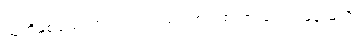
သူတို့နှစ်ယောက်သည် ဘယ်ကစ၍ စကားပြောရမှန်းမသိ။